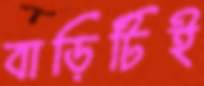
বাড়িটিই